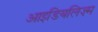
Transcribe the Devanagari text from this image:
आइडियलिज़्म